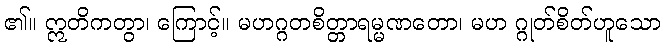
၏။ ဣတိကတွာ၊ ကြောင့်။ မဟဂ္ဂတစိတ္တာရမ္မဏတော၊ မဟ ဂ္ဂုတ်စိတ်ဟူသော